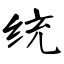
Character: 统